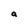
Character: a